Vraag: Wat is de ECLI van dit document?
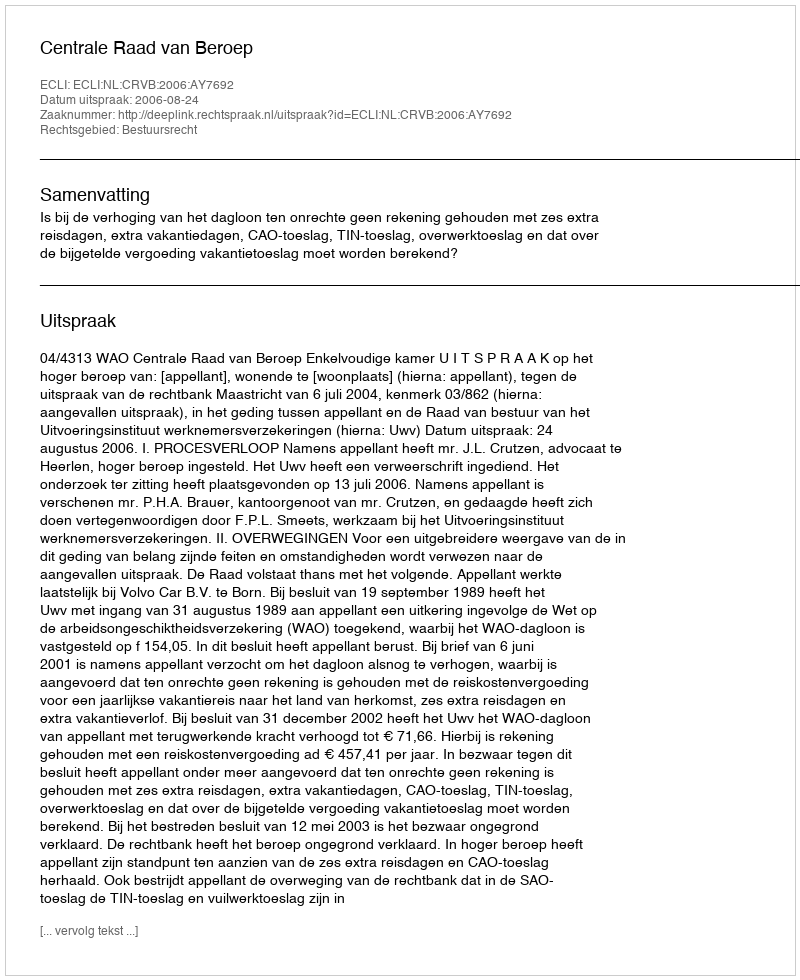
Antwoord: ECLI:NL:CRVB:2006:AY7692